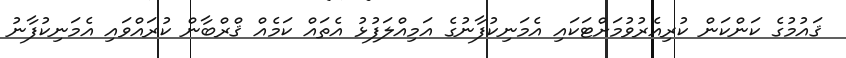
ޤައުމުގެ ކަންކަން ކުރިއެރުވުމަށްޓަކައި އެމަނިކުފާނުގެ އަމިއްލަފުޅު އެތައް ކަމެއް ޤްރްބާން ކުރައްވައި އެމަނިކުފާނު